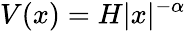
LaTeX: V(x)=H|x|^{-\alpha}